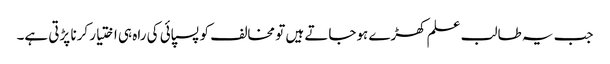
جب یہ طالب علم کھڑے ہوجاتے ہیں تو مخالف کو پسپائی کی راہ ہی اختیار کرنا پڑتی ہے۔